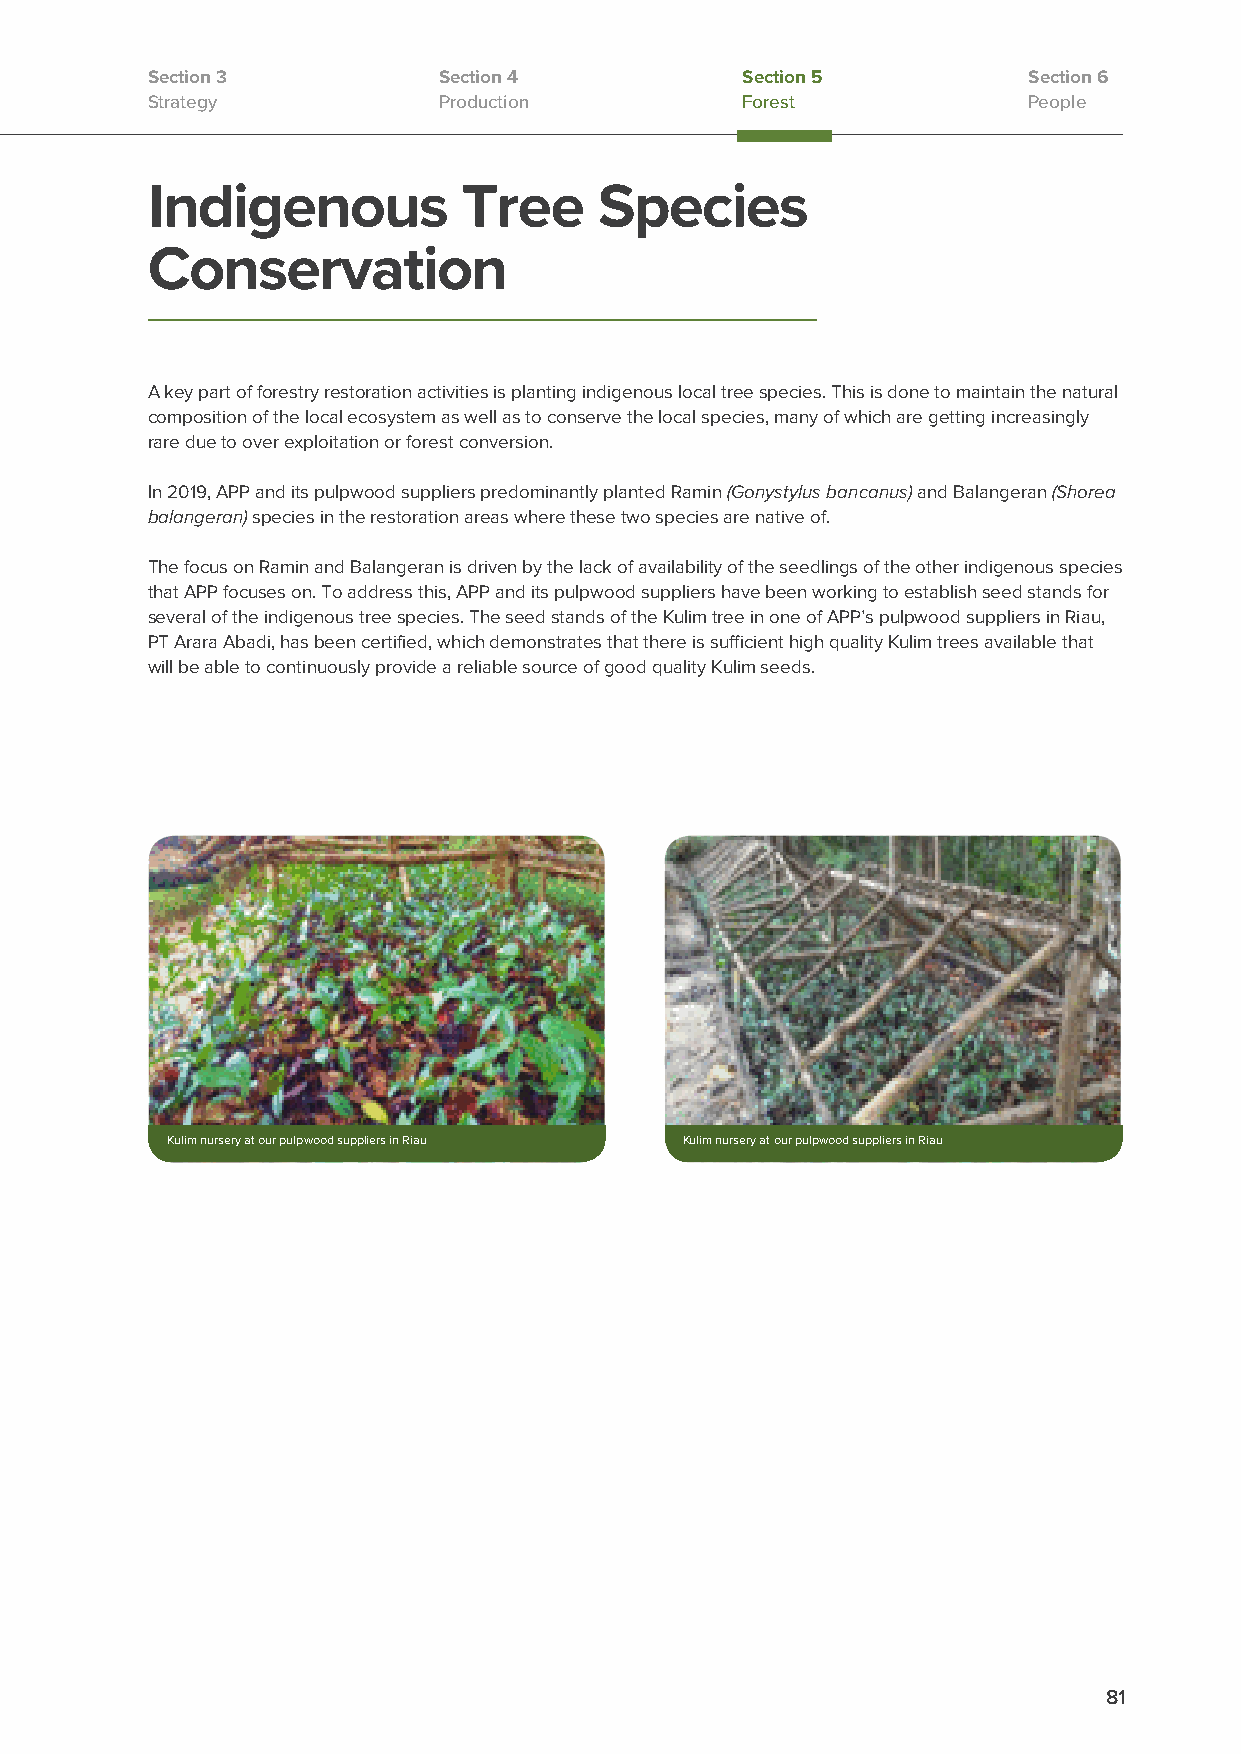
Section 3          Section 4           Section 5          Section 6
 Strategy           Production          Forest             People
 Indigenous           Tree     Species
 Conservation
 A key part of forestry restoration activities is planting indigenous local tree species. This is done to maintain the natural
 composition of the local ecosystem as well as to conserve the local species, many of which are getting increasingly
 rare due to over exploitation or forest conversion.
 In 2019, APP and its pulpwood suppliers predominantly planted Ramin (Gonystylus bancanus) and Balangeran (Shorea
 balangeran) species in the restoration areas where these two species are native of.
 The focus on Ramin and Balangeran is driven by the lack of availability of the seedlings of the other indigenous species
 that APP focuses on. To address this, APP and its pulpwood suppliers have been working to establish seed stands for
 several of the indigenous tree species. The seed stands of the Kulim tree in one of APP’s pulpwood suppliers in Riau,
 PT Arara Abadi, has been certified, which demonstrates that there is sufficient high quality Kulim trees available that
 will be able to continuously provide a reliable source of good quality Kulim seeds.
 Kulim nursery at our pulpwood suppliers in Riau Kulim nursery at our pulpwood suppliers in Riau
 81